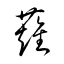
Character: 薙